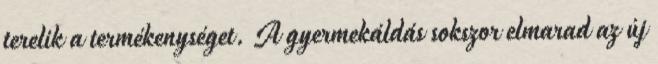
terelik a termékenységet. A gyermekáldás sokszor elmarad az új